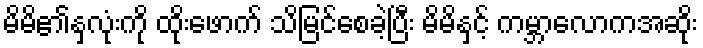
မိမိ၏နှလုံးကို ထိုးဖောက် သိမြင်စေခဲ့ပြီး မိမိနှင့် ကမ္ဘာလောကအဆိုး